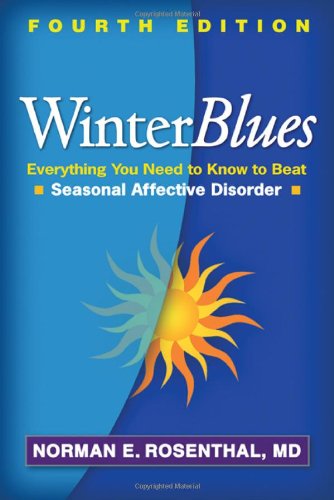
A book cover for Winter Blues, Fourth Edition: Everything You Need to Know to Beat Seasonal Affective Disorder; Norman E. Rosenthal MD; Health, Fitness & Dieting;